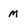
Character: m